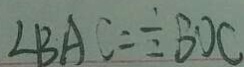
\angle B A C = \frac { 1 } { 2 } B D C